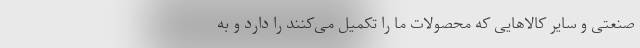
صنعتی و سایر کالاهایی که محصولات ما را تکمیل می‌کنند را دارد و به